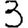
Digit: 3